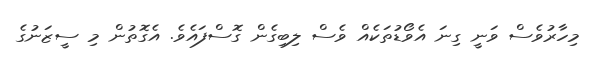
މިހާރުވެސް ވަނީ ގިނަ އެވޯޑުތަކެއް ވެސް ލިބިގެން ގޮސްފައެވެ. އެގޮތުން މި ސީޒަނުގެ